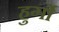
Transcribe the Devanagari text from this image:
हुर्गो